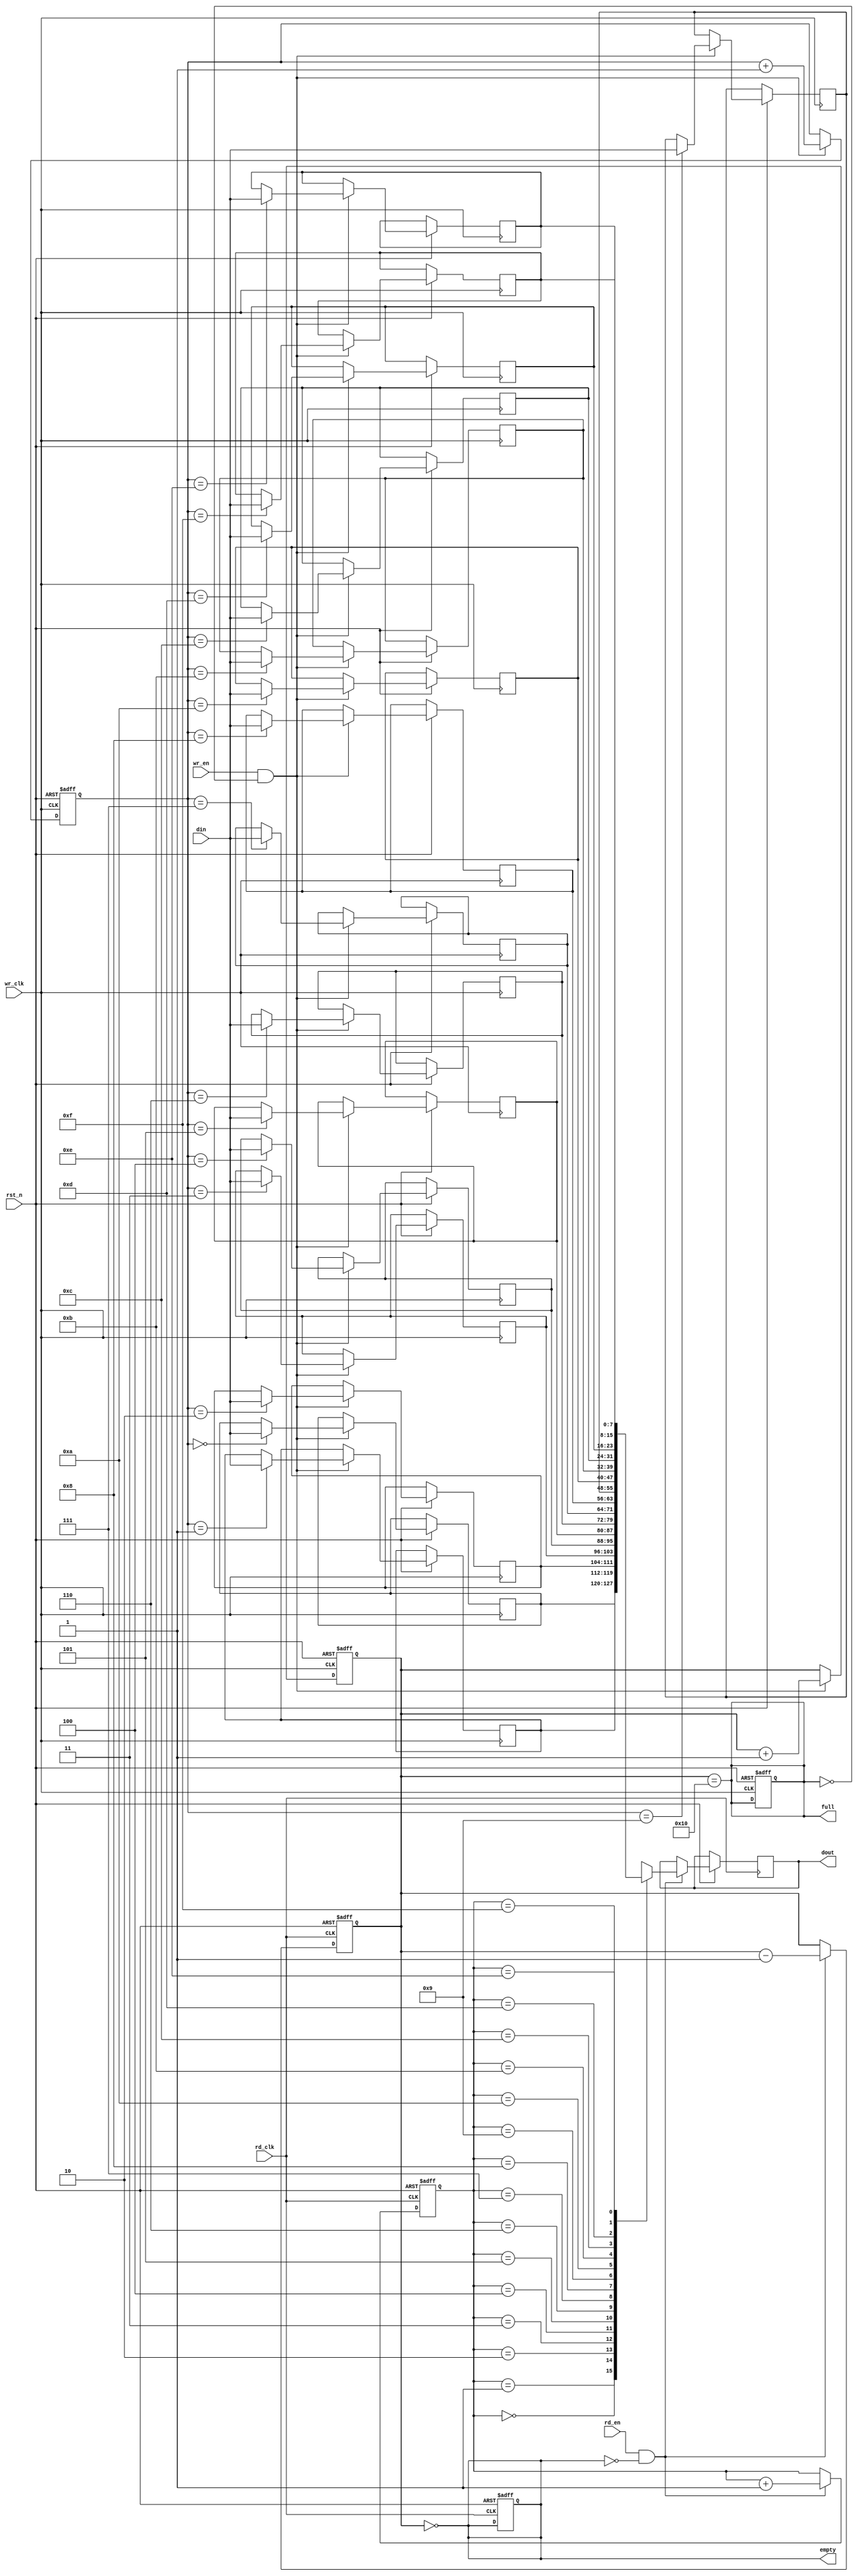
module dual_clock_fifo #(
    parameter DATA_WIDTH = 8,  // Width of each data entry
    parameter FIFO_DEPTH = 16   // Number of entries in the FIFO
)(
    input wire wr_clk,           // Write clock
    input wire rd_clk,           // Read clock
    input wire rst_n,            // Asynchronous reset (active low)
    input wire wr_en,            // Write enable
    input wire rd_en,            // Read enable
    input wire [DATA_WIDTH-1:0] din, // Data input
    output reg [DATA_WIDTH-1:0] dout, // Data output
    output reg full,             // FIFO full flag
    output reg empty             // FIFO empty flag
);

    // Memory array for FIFO storage
    reg [DATA_WIDTH-1:0] fifo_mem [0:FIFO_DEPTH-1];

    // Write and read pointers
    reg [clog2(FIFO_DEPTH)-1:0] wr_ptr;
    reg [clog2(FIFO_DEPTH)-1:0] rd_ptr;
    reg [clog2(FIFO_DEPTH):0] fifo_count; // Count of items in FIFO

    // Function to calculate log2
    function integer clog2;
        input integer value;
        begin
            clog2 = 0;
            while (2**clog2 < value) begin
                clog2 = clog2 + 1;
            end
        end
    endfunction

    // Asynchronous reset and write operation
    always @(posedge wr_clk or negedge rst_n) begin
        if (!rst_n) begin
            wr_ptr <= 0;
            fifo_count <= 0;
            full <= 0;
        end else if (wr_en && !full) begin
            fifo_mem[wr_ptr] <= din; // Write data to FIFO
            wr_ptr <= wr_ptr + 1;    // Increment write pointer
            fifo_count <= fifo_count + 1; // Increment count
        end
    end

    // Asynchronous reset and read operation
    always @(posedge rd_clk or negedge rst_n) begin
        if (!rst_n) begin
            rd_ptr <= 0;
            fifo_count <= 0;
            empty <= 1;
        end else if (rd_en && !empty) begin
            dout <= fifo_mem[rd_ptr]; // Read data from FIFO
            rd_ptr <= rd_ptr + 1;     // Increment read pointer
            fifo_count <= fifo_count - 1; // Decrement count
        end
    end

    // Full and empty flag management
    always @(*) begin
        full = (fifo_count == FIFO_DEPTH);
        empty = (fifo_count == 0);
    end

endmodule